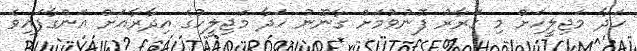
ހަދާ މަޖިލީހަށް މި ގަރާރު ފޮނުވުމަށް ގާނޫނު ހަދާ މަޖިލީހުގެ އިދާރާއަށް އަންގާފައިވެ